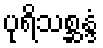
ပုရိသစ္ဆန္ဒံ